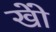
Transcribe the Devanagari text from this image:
खोें